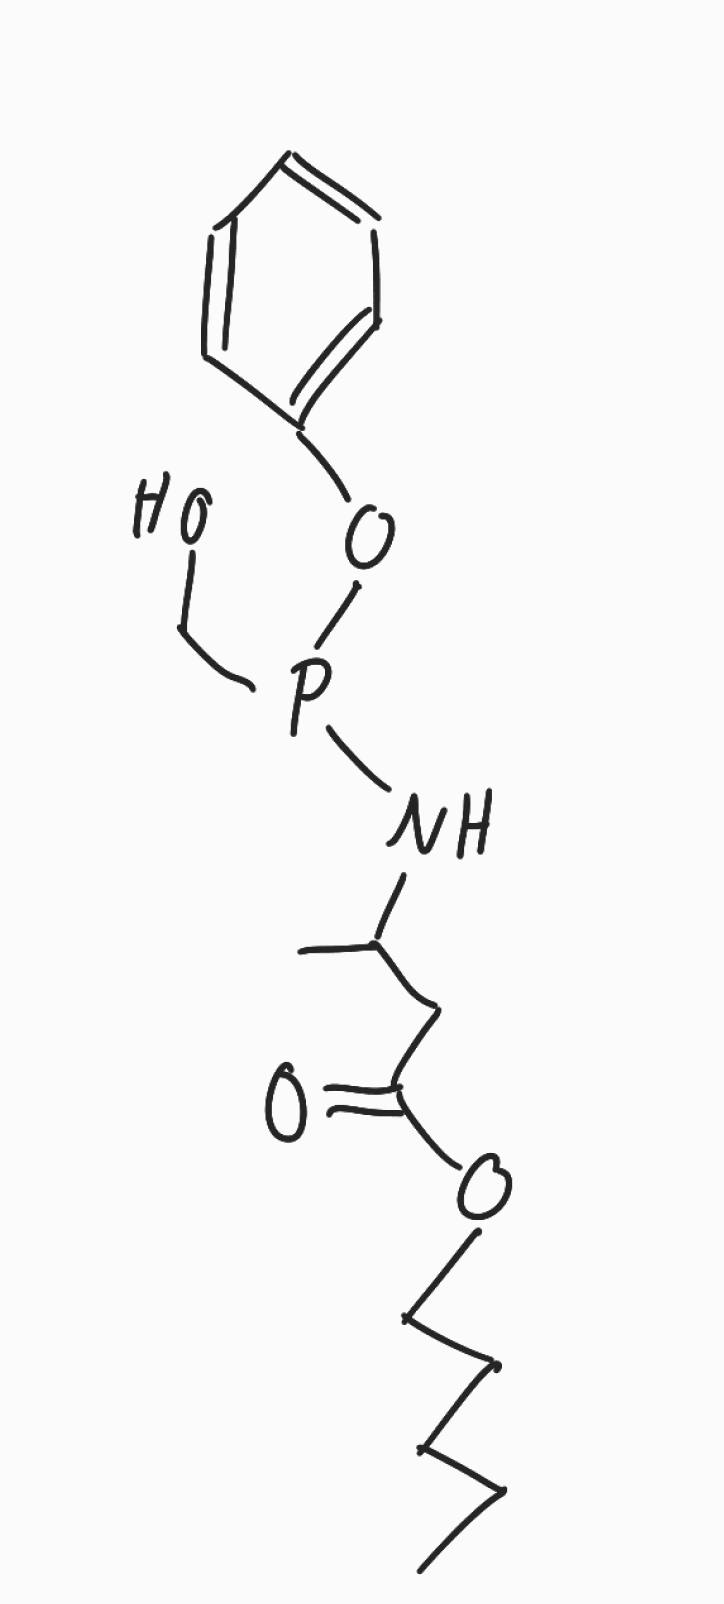
Simplified molecular-input line-entry system (SMILES) notation of the given molecule:
CCCCCOC(=O)CC(C)NP(CO)OC1=CC=CC=C1